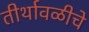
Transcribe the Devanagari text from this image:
तीर्थावळीचे